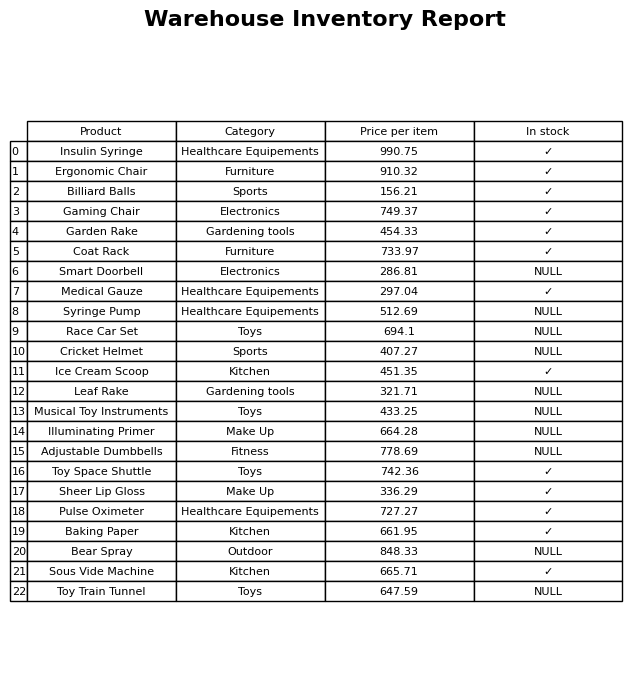
question: Is the Race Car Set in stock?
answer: NULL